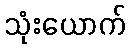
သုံးယောက်